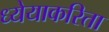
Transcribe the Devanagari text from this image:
ध्येयाकरिता